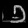
Digit: ၁